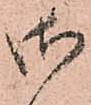
御